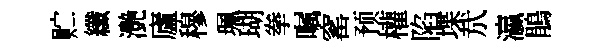
贮纖灔廬穆珮瑚拳嘱窰预權陷堞㢤瀛鵑